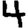
Digit: 4